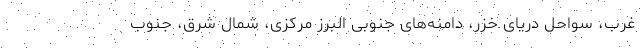
غرب، سواحل دریای خزر، دامنه‌های جنوبی البرز مرکزی، شمال شرق، جنوب